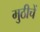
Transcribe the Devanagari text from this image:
मुठीचें